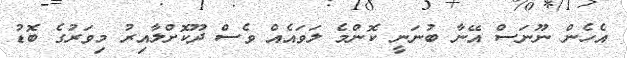
އެހެން ނޫނަސް އޭނާ ބުނަނީ ކޮންމެ ލަވައެއް ވެސް ދޫކޮށްލާއިރު މިވަރުގެ ބޮޑު